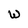
Character: W